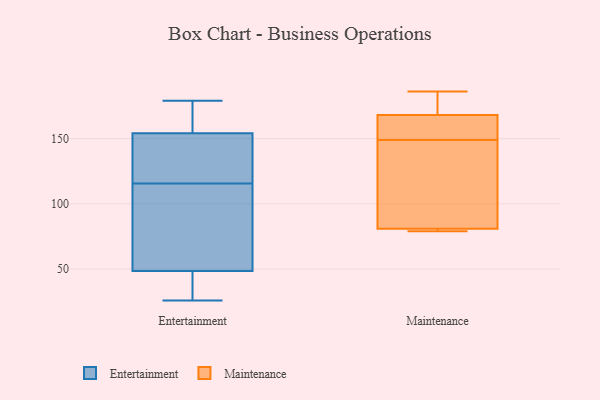
{"axis": {"x": "Churn Rate (%)", "y": "Value"}, "legend": ["Entertainment", "Maintenance"], "data": [{"x": "", "y": 39, "type": "Entertainment"}, {"x": "", "y": 71, "type": "Entertainment"}, {"x": "", "y": 138, "type": "Entertainment"}, {"x": "", "y": 153, "type": "Entertainment"}, {"x": "", "y": 151, "type": "Entertainment"}, {"x": "", "y": 26, "type": "Entertainment"}, {"x": "", "y": 179, "type": "Entertainment"}, {"x": "", "y": 93, "type": "Entertainment"}, {"x": "", "y": 143, "type": "Entertainment"}, {"x": "", "y": 50, "type": "Entertainment"}, {"x": "", "y": 40, "type": "Entertainment"}, {"x": "", "y": 47, "type": "Entertainment"}, {"x": "", "y": 75, "type": "Entertainment"}, {"x": "", "y": 157, "type": "Entertainment"}, {"x": "", "y": 155, "type": "Entertainment"}, {"x": "", "y": 168, "type": "Entertainment"}, {"x": "", "y": 168, "type": "Maintenance"}, {"x": "", "y": 79, "type": "Maintenance"}, {"x": "", "y": 80, "type": "Maintenance"}, {"x": "", "y": 81, "type": "Maintenance"}, {"x": "", "y": 186, "type": "Maintenance"}, {"x": "", "y": 173, "type": "Maintenance"}, {"x": "", "y": 97, "type": "Maintenance"}, {"x": "", "y": 150, "type": "Maintenance"}, {"x": "", "y": 148, "type": "Maintenance"}, {"x": "", "y": 163, "type": "Maintenance"}]}